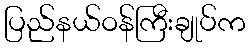
ပြည်နယ်ဝန်ကြီးချုပ်က